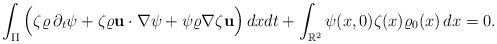
LaTeX: \begin{align*}\int_{\Pi}\Big(\zeta\varrho\,\partial_t\psi+ \zeta \varrho\mathbf u\cdot\nabla\psi +\psi \varrho \nabla\zeta\mathbf u\Big)\,dxdt+\int_{\mathbb R^2 } \psi(x,0)\zeta(x)\varrho_0(x)\, dx= 0.\end{align*}